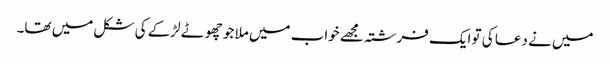
میں نے دعا کی تو ایک فرشتہ مجھے خواب میں ملا جو چھوٹے لڑکے کی شکل میں تھا۔